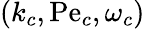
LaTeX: (k_{c},\mathrm{Pe}_{c},\omega_{c})